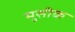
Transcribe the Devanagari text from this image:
मुसीक